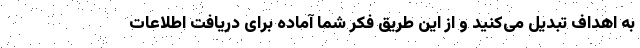
به اهداف تبدیل می‌کنید و از این طریق فکر شما آماده برای دریافت اطلاعات